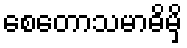
စေတောသမာဓိမှိ